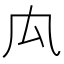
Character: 𠘯